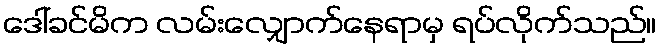
ဒေါ်ခင်မိက လမ်းလျှောက်နေရာမှ ရပ်လိုက်သည်။